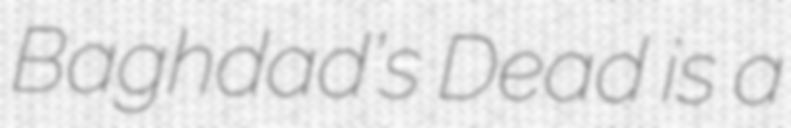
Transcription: Baghdad’s Dead is a